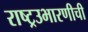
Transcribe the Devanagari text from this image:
राष्ट्रउभारणीची